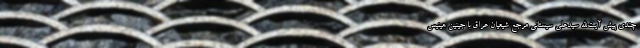
چندی پیش آیت‌الله سیدعلی سیستانی مرجع شیعیان عراق با جینین هینیس